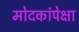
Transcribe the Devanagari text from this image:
मोदकांपेक्षा